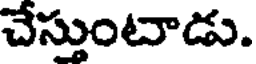
చేస్తుంటాడు.